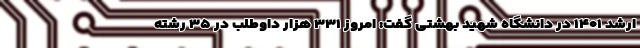
ارشد ۱۴۰۱ در دانشگاه شهید بهشتی گفت: امروز ۳۳۱ هزار داوطلب در ۳۵ رشته